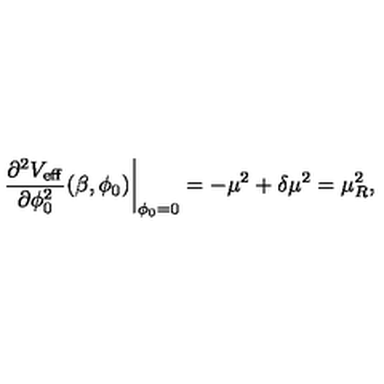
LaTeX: \left. \frac { \partial ^ { 2 } V _ { \mathrm { e f f } } } { \partial \phi _ { 0 } ^ { 2 } } ( \beta , \phi _ { 0 } ) \right| _ { \phi _ { 0 } = 0 } = - \mu ^ { 2 } + \delta \mu ^ { 2 } = \mu _ { R } ^ { 2 } ,